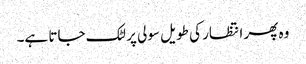
وہ پھر انتظار کی طویل سولی پر لٹک جاتا ہے۔